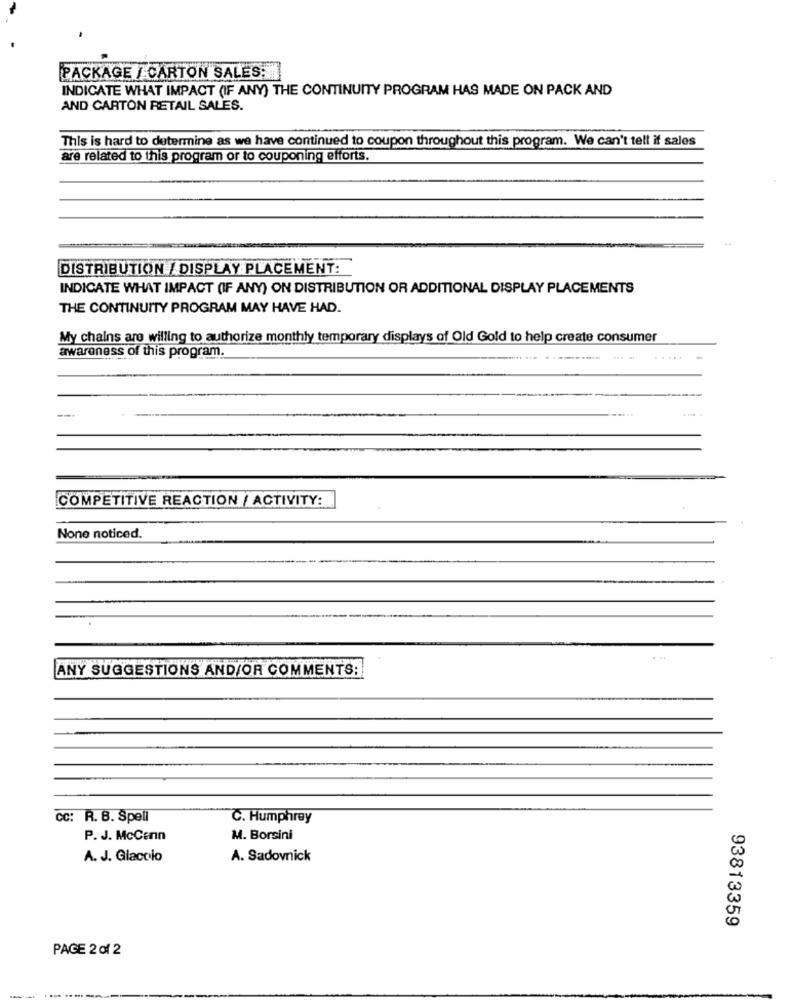
PACKAGE / CARTON SALES:
INDICATE WHAT IMPACT (IF ANY) THE CONTINUITY PROGRAM HAS MADE ON PACK AND
AND CARTON RETAIL SALES.
This is hard to determine as we have continued to coupon throughout this program. We can't tell it sales
are related to this program or to couponing efforts.
DISTRIBUTION / DISPLAY PLACEMENT:
INDICATE WHAT IMPACT (IF ANY) ON DISTRIBUTION OR ADDITIONAL DISPLAY PLACEMENTS
THE CONTINUITY PROGRAM MAY HAVE HAD.
My chains are willing to authorize monthly temporary displays of Old Gold to help create consumer
awareness of this program.
COMPETITIVE REACTION / ACTIVITY:
None noticed.
ANY SUGGESTIONS AND/OR COMMENTS:
CC: R. B. Spell
C. Humphrey
P. J. McCann
M. Borsini
A. J. Glaccio
A. Sadovnick
93813359
PAGE 2 of 2